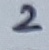
Text: 2